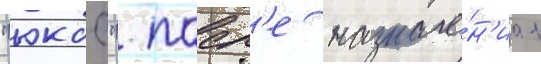
"юкос". посл'е назначе́н'иа 1